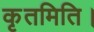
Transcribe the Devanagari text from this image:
कृतमिति।